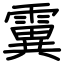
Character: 霬